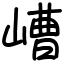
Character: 嶆